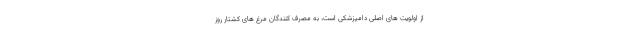
از اولویت های اصلی دامپزشکی است، به مصرف کنندگان مرغ های کشتار روز